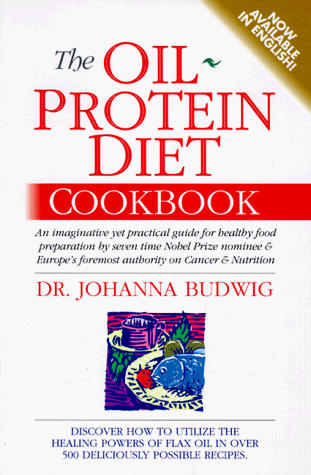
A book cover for The Oil-Protein Diet Cookbook; Johanna Budwig; Cookbooks, Food & Wine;